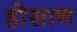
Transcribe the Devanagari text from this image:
होसान